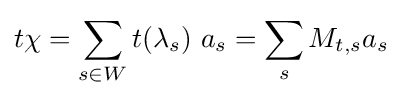
t\chi =\sum _{s\in W}t(\lambda _{s})\,\,a_{s}=\sum _{s}M_{t,s}a_{s}